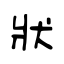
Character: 狀